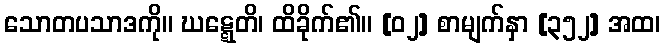
သောတပသာဒကို။ ဃဋ္ဋေတိ၊ ထိခိုက်၏။ [၀၂] စာမျက်နှာ [၃၅၂] အထ၊